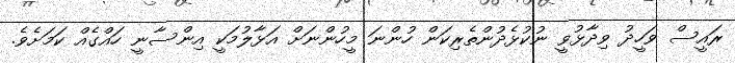
ރައީސް ވަހީދު ވިދާޅުވީ ނުކުޅެދުންތެރިކަން ހުންނަ މީހުންނަށް އަޅާލުމަކީ އިންސާނީ ހައްގެއް ކަމަށެވެ.